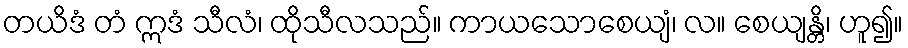
တယိဒံ တံ ဣဒံ သီလံ၊ ထိုသီလသည်။ ကာယသောစေယျံ၊ လ။ စေယျန္တိ၊ ဟူ၍။